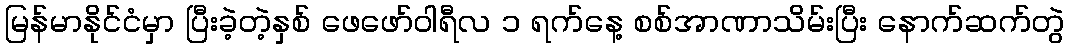
မြန်မာနိုင်ငံမှာ ပြီးခဲ့တဲ့နှစ် ဖေဖော်ဝါရီလ ၁ ရက်နေ့ စစ်အာဏာသိမ်းပြီး နောက်ဆက်တွဲ